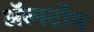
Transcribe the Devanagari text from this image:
ॲल्स्टॉम